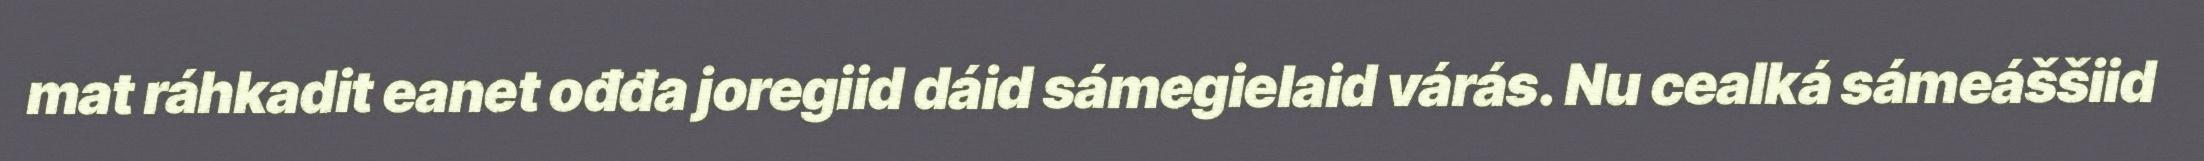
mat ráhkadit eanet ođđa joregiid dáid sámegielaid várás. Nu cealká sámeáššiid